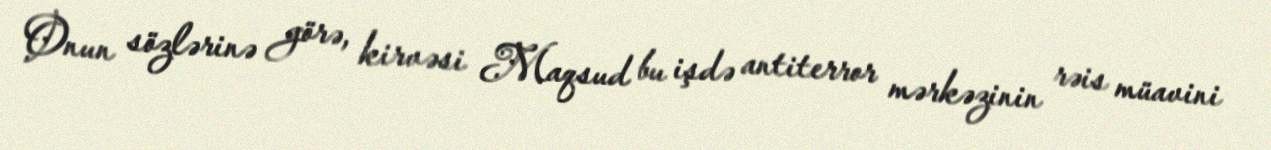
Onun sözlərinə görə, kirvəsi Maqsud bu işdə antiterror mərkəzinin rəis müavini